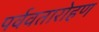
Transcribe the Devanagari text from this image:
पर्ववतारोहण